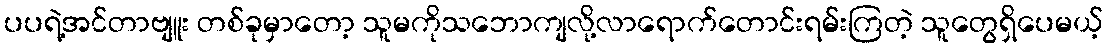
ပပရဲ့အင်တာဗျူး တစ်ခုမှာတော့ သူမကိုသဘောကျလို့လာရောက်တောင်းရမ်းကြတဲ့ သူတွေရှိပေမယ့်